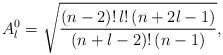
LaTeX: \begin{align*}A_l^0=\sqrt{\frac{(n-2)!\,l!\,(n+2l-1)}{(n+l-2)!\,(n-1)}},\end{align*}